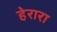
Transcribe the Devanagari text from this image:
हेरारा